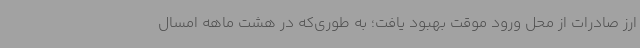
ارز صادرات از محل ورود موقت بهبود یافت؛ به طوری‌که در هشت ماهه امسال